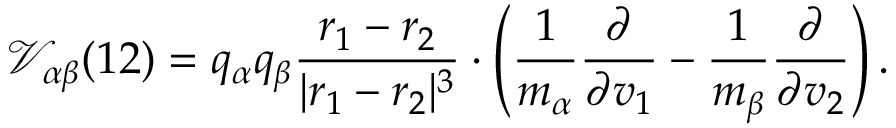
\mathcal { V } _ { \alpha \beta } ( 1 2 ) = q _ { \alpha } q _ { \beta } \frac { \boldsymbol { r } _ { 1 } - \boldsymbol { r } _ { 2 } } { | \boldsymbol { r } _ { 1 } - \boldsymbol { r } _ { 2 } | ^ { 3 } } \boldsymbol { \cdot } \left( \frac { 1 } { m _ { \alpha } } \frac { \partial } { \partial \boldsymbol { v } _ { 1 } } - \frac { 1 } { m _ { \beta } } \frac { \partial } { \partial \boldsymbol { v } _ { 2 } } \right) .